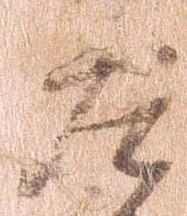
左